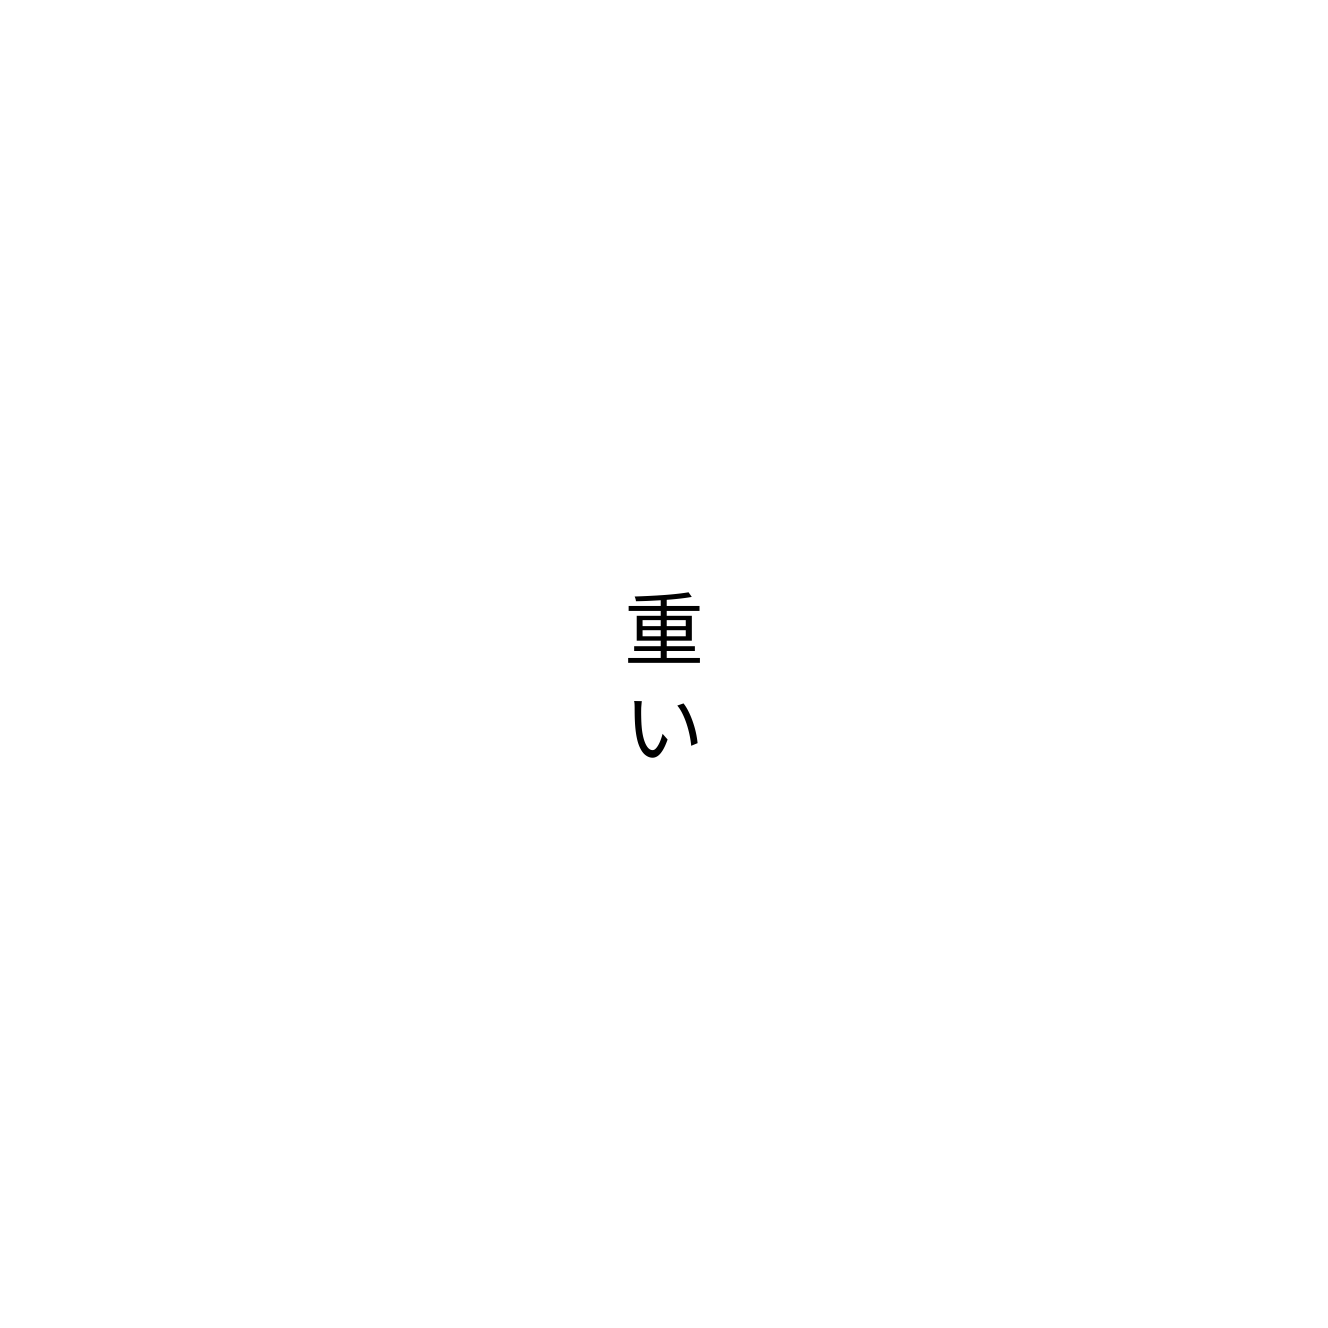
重い